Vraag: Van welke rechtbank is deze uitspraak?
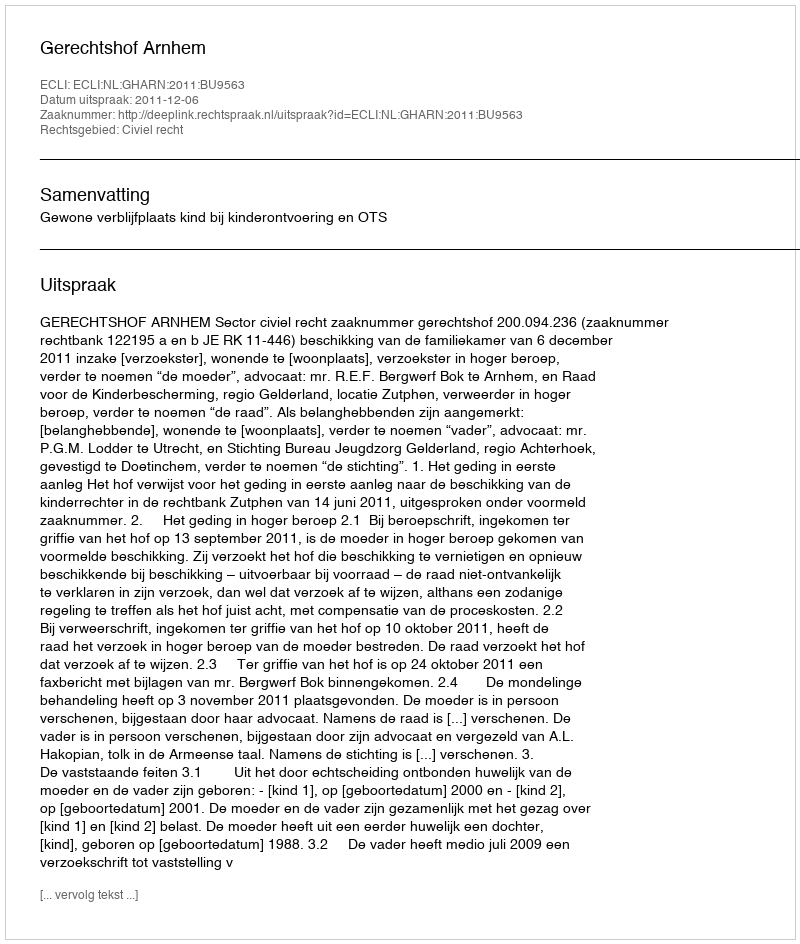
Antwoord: Gerechtshof Arnhem